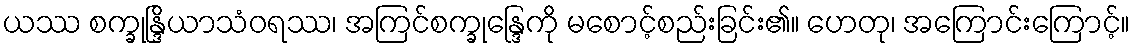
ယဿ စက္ခုန္ဒြိယာသံဝရဿ၊ အကြင်စက္ခုန္ဒြေကို မစောင့်စည်းခြင်း၏။ ဟေတု၊ အကြောင်းကြောင့်။